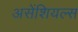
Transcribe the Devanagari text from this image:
असेंशियल्स